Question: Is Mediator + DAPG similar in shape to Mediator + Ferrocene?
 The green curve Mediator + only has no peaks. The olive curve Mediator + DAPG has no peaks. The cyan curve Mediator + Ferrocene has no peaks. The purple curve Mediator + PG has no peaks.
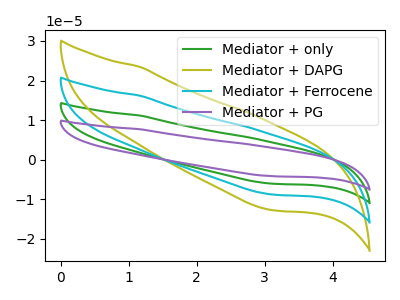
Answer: <think>Neither "Mediator + DAPG" or "Mediator + Ferrocene" have any peaks.
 </think>
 <answer>"Mediator + DAPG" and "Mediator + Ferrocene" are similar in shape.</answer>
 <eval>same_shape</eval>